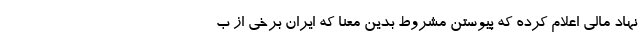
نهاد مالی اعلام کرده که پیوستن مشروط بدین معنا که ایران برخی از ب